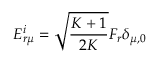
E _ { r \mu } ^ { i } = \sqrt { \frac { K + 1 } { 2 K } } F _ { r } \delta _ { \mu , 0 }